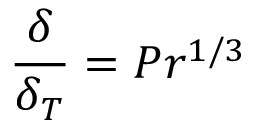
{ \frac { \delta } { \delta _ { T } } } = P r ^ { 1 / 3 }